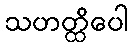
သဟတ္ထိပေါ